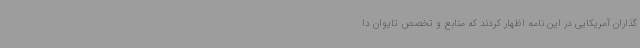
گذاران آمریکایی در این نامه اظهار کردند که منابع و تخصص تایوان دا